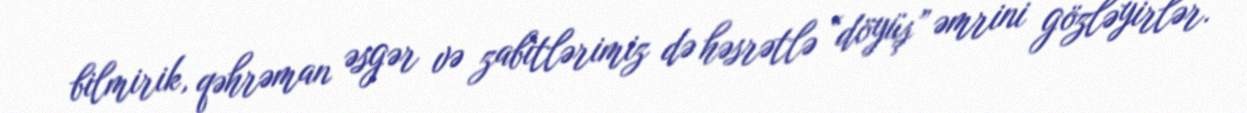
bilmirik, qəhrəman əsgər və zabitlərimiz də həsrətlə “döyüş” əmrini gözləyirlər.